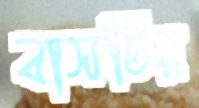
বাসটির